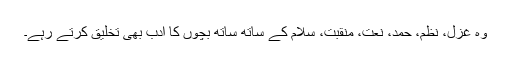
وہ غزل، نظم، حمد، نعت، منقبت، سلام کے ساتھ ساتھ بچوں کا ادب بھی تخلیق کرتے رہے۔